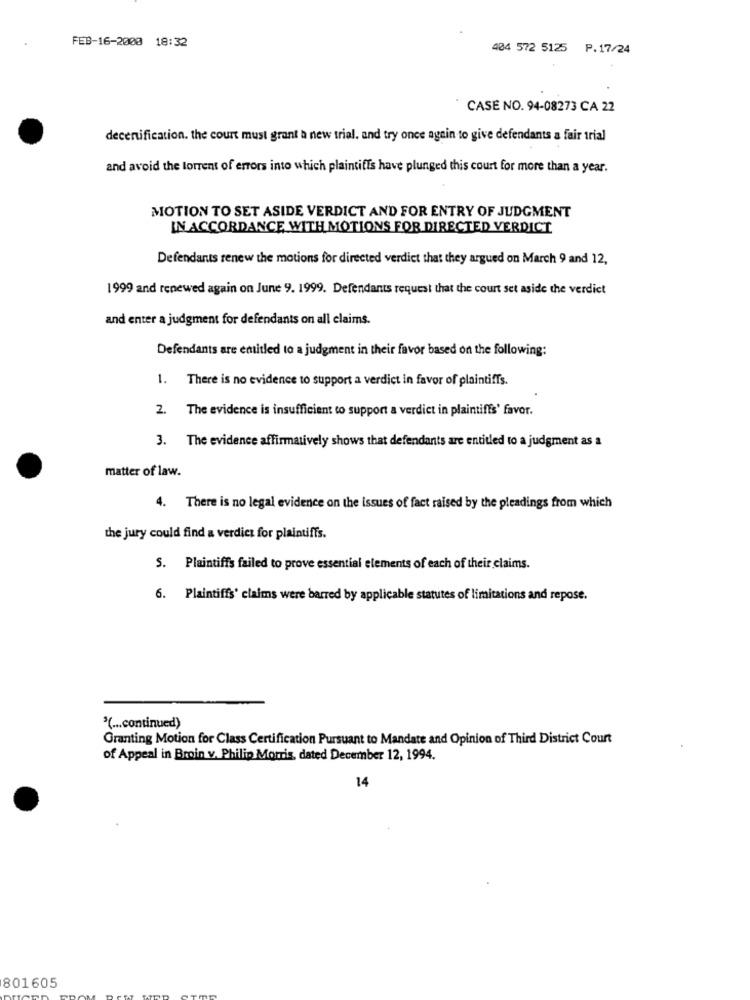
FEB-16-2000 18:32
404 572 5125 P.17/24
CASE NO. 94-08273 CA 22
decertification. the court must grant a new trial, and try once again to give defendants a fair trial
and avoid the torrent of errors into which plaintiffs have plunged this court for more than a year.
MOTION TO SET ASIDE VERDICT AND FOR ENTRY OF JUDGMENT
IN ACCORDANCE WITH MOTIONS FOR DIRECTED VERDICT
Defendants renew the motions for directed verdict that they argued on March 9 and 12,
1999 and renewed again on June 9. 1999. Defendants request that the court set aside the verdict
and enter a judgment for defendants on all claims.
Defendants are entitled to a judgment in their favor based on the following:
1. There is no evidence to support a verdict in favor of plaintiffs.
2. The evidence is insufficient to support a verdict in plaintiffs' favor.
3. The evidence affirmatively shows that defendants are entitled to a judgment as a
matter of law.
4. There is no legal evidence on the issues of fact raised by the pleadings from which
the jury could find a verdict for plaintiffs.
S. Plaintiffs failed to prove essential elements of each of their claims.
6. Plaintiffs' claims were barred by applicable statutes of limitations and repose.
"( ... continued)
Granting Motion for Class Certification Pursuant to Mandate and Opinion of Third District Court
of Appeal in Broin v. Philip Morris, dated December 12, 1994.
14
801605